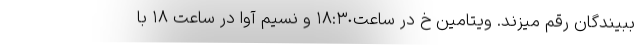
ببیندگان رقم میزند. ویتامین خ در ساعت١٨:٣٠ و نسیم آوا در ساعت ١٨ با